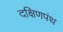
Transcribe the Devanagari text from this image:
दक्षिणपंथ